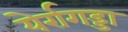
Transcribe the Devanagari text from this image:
येर्रागड्डा